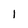
Character: I